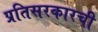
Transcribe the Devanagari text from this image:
प्रतिसरकारची